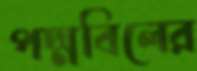
পদ্মবিলের